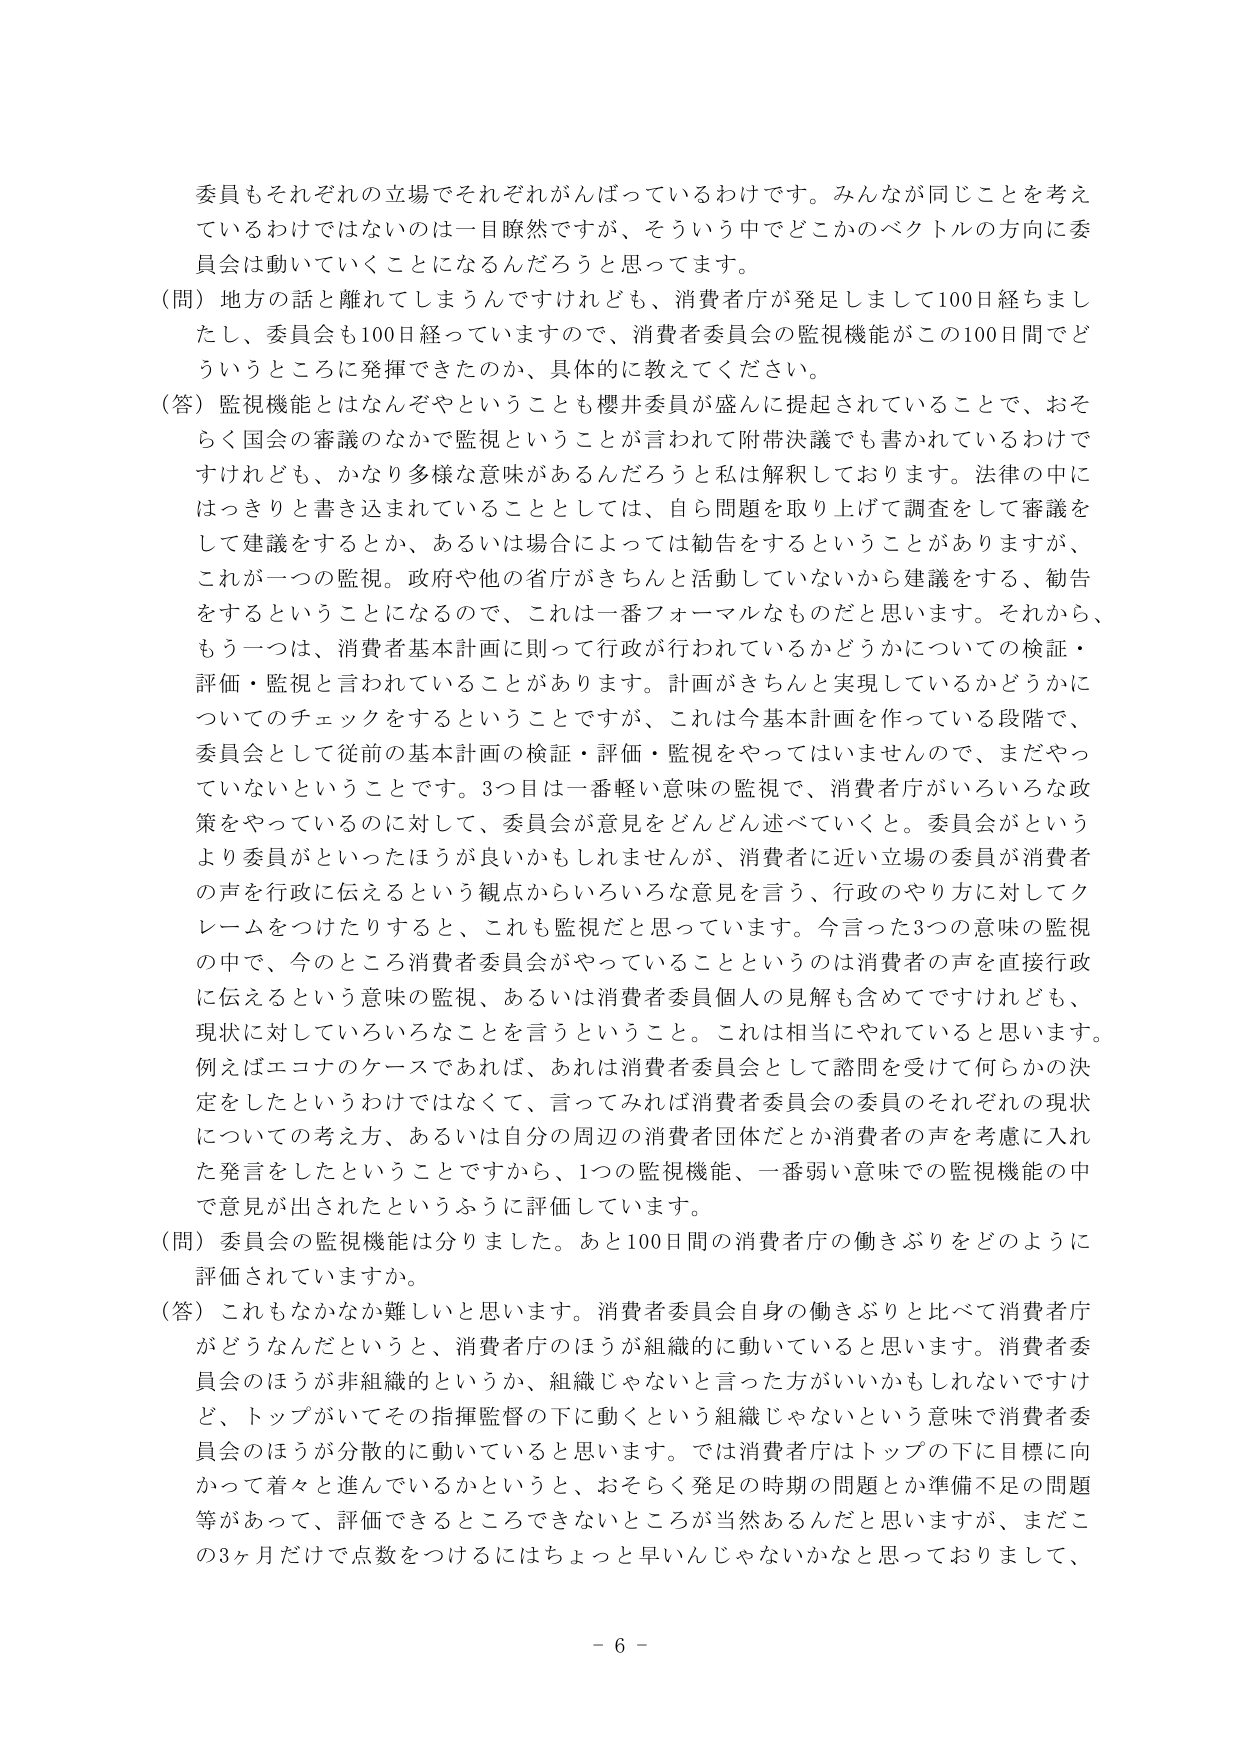
委員もそれぞれの立場でそれぞれがんばっているわけです。みんなが同じことを考えているわけではないのは一目瞭然ですが、そういう中でどこかのベクトルの方向に委員会は動いていくことになるんだろうと思ってます。

（問）地方の話と離れてしまうんですけれども、消費者庁が発足しまして100日経ちましたし、委員会も100日経っていますので、消費者委員会の監視機能がこの100日間でどういうところに発揮できたのか、具体的に教えてください。

（答）監視機能とはなんぞやということも櫻井委員が盛んに提起されていることで、おそらく国会の審議のなかで監視ということが言われて附帯決議でも書かれているわけですがけれども、かなり多様な意味があるんだろうと私は解釈しております。法律の中にはっきりと書き込まれていることとしては、自ら問題を取り上げて調査をして審議をして建議をするとか、あるいは場合によっては勧告をするということがありますか、これが一つの監視。政府や他の省庁がきちんと活動していないから建議をする、勧告をするということになるので、これは一番フォーマルなものだと思います。それから、もう一つは、消費者基本計画に則って行政が行われているかどうかについての検証・評価・監視と言われていることがあります。計画がきちんと実現しているかどうかについてのチェックをするということですが、これは今基本計画を作っている段階で、委員会として従前の基本計画の検証・評価・監視をやってはいませんので、まだやっていないということです。3つ目は一番軽い意味の監視で、消費者庁がいろいろな政策をやっているのに対して、委員会が意見をどんどん述べていくと。委員会がというより委員がといったほうが良いかもしれませんが、消費者に近い立場の委員が消費者の声を行政に伝えるという観点からいろいろな意見を言う、行政のやり方に対してクレームをつけたりすると、これも監視だと思っています。今言った3つの意味の監視の中で、今のところ消費者委員会がやっていることというのは消費者の声を直接行政に伝えるという意味の監視、あるいは消費者委員個人の見解も含めてですけれども、現状に対していろいろなことを言うということ。これは相当にやれていると思います。例えばエコナのケースであれば、あれは消費者委員会として諮問を受けて何らかの決定をしたというわけではなくて、言ってみれば消費者委員会の委員のそれぞれの現状についての考え方、あるいは自分の周辺の消費者団体だとか消費者の声を考慮に入れた発言をしたということですから、1つの監視機能、一番弱い意味での監視機能の中で意見が出されたというふうに評価しています。

（問）委員会の監視機能は分りました。あと100日間の消費者庁の働きぶりをどのように評価されていますか。

（答）これもなかなか難しいと思います。消費者委員会自身の働きぶりと比べて消費者庁がどうなんだというと、消費者庁のほうが組織的に動いていると思います。消費者委員会のほうが非組織的というか、組織じゃないと言った方がいいかもしれないですけど、トップがいてその指揮監督の下に動くという組織じゃないという意味で消費者委員会のほうが分散的に動いていると思います。では消費者庁はトップの下に目標に向かって着々と進んでいるかというと、おそらく発足の時期の問題とか準備不足の問題等があって、評価できるところできないところが当然あるんだと思いますが、まだこの3ヶ月だけで点数をつけるにはちょっと早いんじゃないかなと思っておりまして、

- 6 -